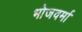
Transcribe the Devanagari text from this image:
भोजवर्मा